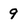
Character: 9